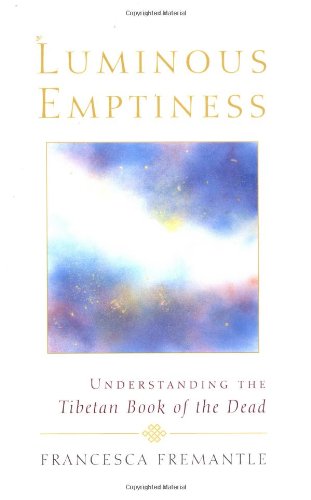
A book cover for Luminous Emptiness: Understanding the Tibetan Book of the Dead; Francesca Fremantle; Religion & Spirituality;